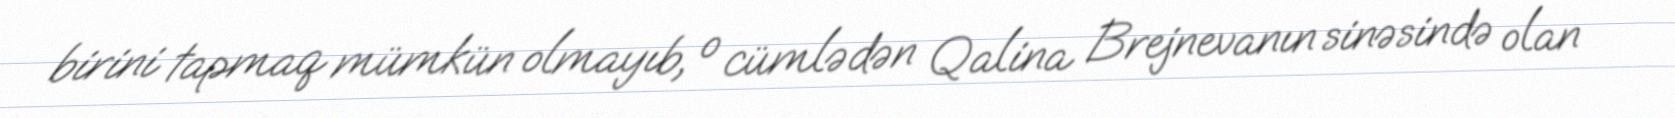
birini tapmaq mümkün olmayıb, o cümlədən Qalina Brejnevanın sinəsində olan